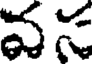
వస